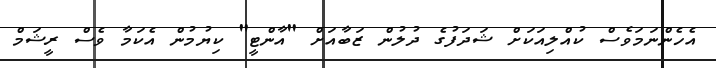
އެހެންނަމަވެސް ކުއްލިއަކަށް ޝަދަފުގެ ދުލުން ޒަބާއަށް "އާންޓީ" ކިޔުމުން އެކަމާ ވެސް ރީޝަމް